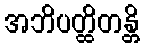
အဘိပတ္ထိတန္တိ